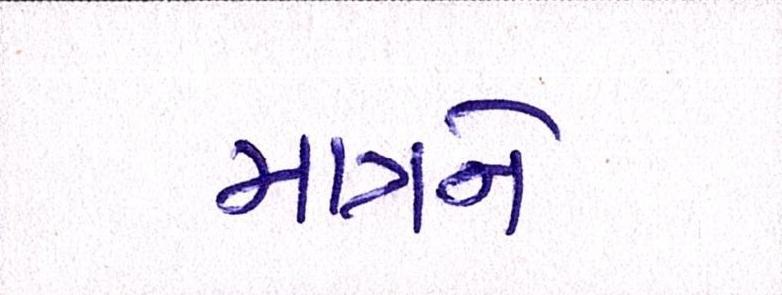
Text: માત્રને